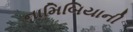
નામિબિયાની